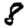
Digit: 8